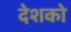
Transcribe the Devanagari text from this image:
देशको